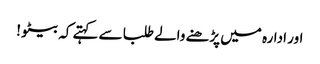
اور ادارہ میں پڑھنے والے طلبا سے کہتے کہ بیٹو !